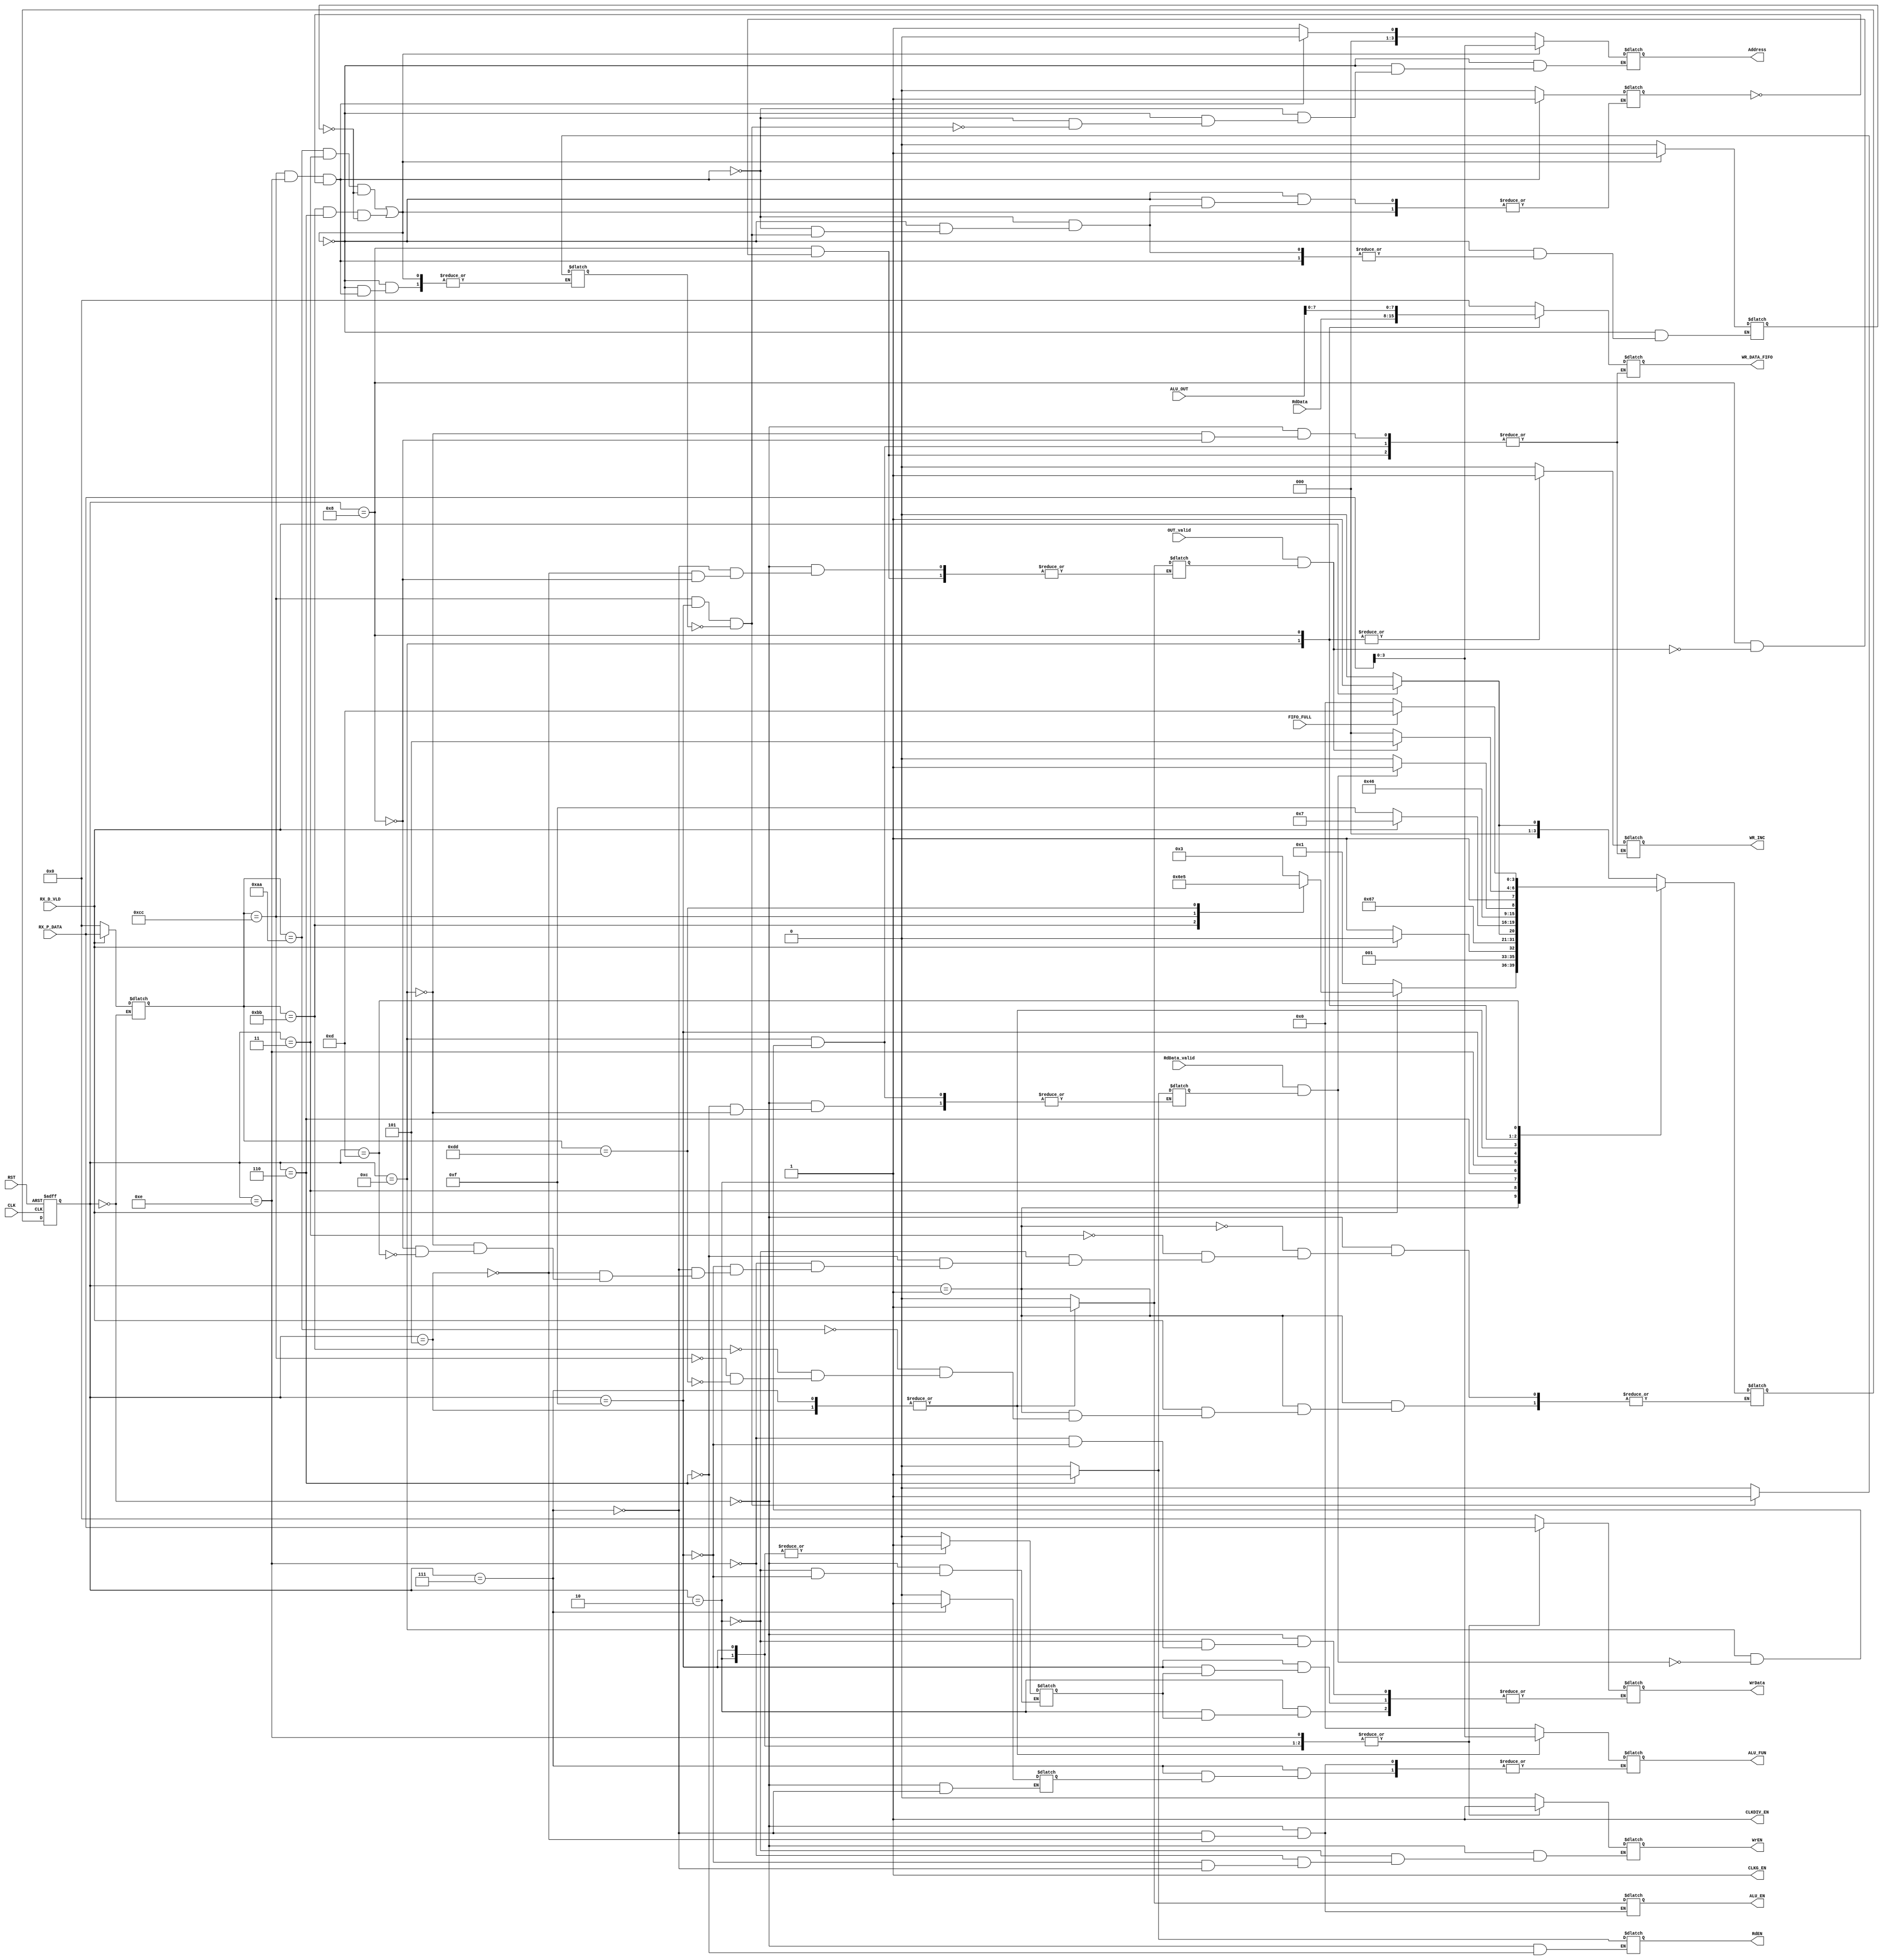
module SYS_CTRL(
  input wire [15:0] ALU_OUT,
  input wire        OUT_valid,
  input wire [7:0]  RX_P_DATA,
  input wire        RX_D_VLD,
  input wire [7:0]  RdData,
  input wire        RdData_valid,
  input wire        CLK,
  input wire        RST,
  input wire       FIFO_FULL,
  output reg        ALU_EN,
  output reg [3:0]  ALU_FUN,
  output reg        CLKG_EN=1,
  output reg [3:0]  Address,
  output reg        WrEN,
  output reg        RdEN,
  output reg [7:0]  WrData,
  output reg [7:0]  WR_DATA_FIFO,
  output reg        WR_INC,
  output reg        CLKDIV_EN=1
  );
  
  
//internal connections 
reg [7:0] internal_command =0; 
reg flag_3=0;
reg count=0;
reg flag_1=0;
reg flag_2=0;
reg flag_4=0;
reg flag_5=0;
reg flag_6=0;
reg flag_7=0;
/////////states////////////
localparam [3:0] 
IDEL=4'b0000,
FRAME_0=4'b0001,
WR_1=4'b0011,
WR_2=4'b0010,
RD_1=4'b0110,
ALU_OP_1=4'b1110,
ALU_OP_2=4'b1111,
ALU_OP_3=4'b0111,
ALU_NOP_1=4'b0101,
FIFO_STATE=4'b1101,
REG_FILE_STATE=4'b1100,
ALU_STATE=4'b1000;
////////////commands/////////////////
localparam [7:0]
RF_WR_CMD = 8'hAA,
RF_Rd_CMD = 8'hBB,
ALU_OPER_W_OP_CMD = 8'hCC,
ALU_OPER_W_NOP_CMD = 8'hDD;

//////////////////////////////////////////// 
reg [3:0]  current_state=0 ,next_state=0;
 
/////////////////////////////////////////////////
always @(posedge CLK or negedge RST)
begin
  if(!RST)
    begin
      current_state<=IDEL;
    end
  else 
    begin
      current_state<=next_state;
    end
end 
//////////////////////////////////////////////////

always @(*)
begin

    
    case(current_state)
      ////////////////IDEL STATE////////////
      IDEL:begin
       
    ALU_EN=0;
    ALU_FUN=0;
    //Address=0;
    WrEN=0;
    RdEN=0;
    WrData=0;
    WR_DATA_FIFO=0;
    WR_INC=0;
   //flag_3=0;
   flag_4=0;
flag_1=0; 
flag_2=0;
flag_5=0;
    internal_command=0;
    
    if(RX_D_VLD)
      begin
        internal_command=RX_P_DATA;
        next_state=FRAME_0;
      end
    else
      begin
        next_state=IDEL;
      end
      end
 
 FRAME_0:begin
   case(internal_command)
          RF_WR_CMD:begin
          if(RX_D_VLD)
            next_state=WR_1;
          else
            next_state=FRAME_0;
          end
          RF_Rd_CMD:begin
            if(RX_D_VLD)
            next_state=RD_1;
          else
            next_state=FRAME_0;
          
          end
         ALU_OPER_W_OP_CMD:begin
         if(RX_D_VLD)
            next_state=ALU_OP_1;
          else
            next_state=FRAME_0;
       end 
       ALU_OPER_W_NOP_CMD:begin
         if(RX_D_VLD)
            next_state=ALU_NOP_1;
          else
            next_state=FRAME_0;
       end
     endcase
     if(!RX_D_VLD)
       next_state=FRAME_0;
 end
 ///////////////////////////////////////////////////////////////////
 ////////////////////write states/////////////////////////////
  WR_1:begin
       
      if(RX_D_VLD)
         next_state=WR_2;
      else
        next_state=WR_1;
  end
  
  WR_2:begin
    WrEN=1;
    if(!flag_4)
    WrData=RX_P_DATA;
    flag_4=1;
         next_state=IDEL;
      
    end
    
    
 ///////////////////////////////////////////////////////////////////
 //////////////////read states//////////////////////////////
 RD_1:begin
   flag_1=1;
   RdEN=1;
      next_state=REG_FILE_STATE;
  end
  
  
 //////////////////////////////////////////////////////////////////////
 ////////////////////////ALU WITH ORERAND STATES/////////////
 ALU_OP_1:begin
    WrEN=1;
    WrData=RX_P_DATA;
    if(RX_D_VLD)
      begin
         //Address=4'b0001;
         next_state=ALU_OP_2;
       end
      else
        next_state=ALU_OP_1;
   
end
   
   
ALU_OP_2:begin
    WrEN=1;
    if(!flag_4)
    WrData=RX_P_DATA;
    flag_4=1;
    if(RX_D_VLD)
         next_state=ALU_OP_3;
      else
        next_state=ALU_OP_2;
   
end 
 
 ALU_OP_3:begin
   WrEN=0;
   ALU_EN=1;
   flag_2=1;
   if(!flag_5)
   ALU_FUN=RX_P_DATA[3:0];
   flag_5=1;
    
         next_state=ALU_STATE;
    
   end
 ///////////////////////////////////////////////////////////////
 ///////////////////ALU WITHOUT OPERANDS////////////////////
 ALU_NOP_1:begin
   ALU_EN=1;
   flag_2=1;  
   ALU_FUN=RX_P_DATA[3:0];
   
         next_state=ALU_STATE;
      
   
   end
   
   /////////////////////////////////////////////////
   //////////////////REG FILE STATE//////////////
    REG_FILE_STATE:begin
   if(RdData_valid&&flag_1)
     begin
       next_state=FIFO_STATE;
     WR_DATA_FIFO=RdData;
     WR_INC=1;
     flag_1=0;
   end
 else
   next_state=REG_FILE_STATE;
   
end 

//////////////////////////////////////////////////////
///////////ALU_STATE/////////////////////////////////
    ALU_STATE:begin
   if(OUT_valid&&flag_2)
     begin
      WR_DATA_FIFO=ALU_OUT;
     WR_INC=1;
      flag_2=0;
     next_state=FIFO_STATE;
   end
 else
   next_state=ALU_STATE;
  
end 
   //////////////////////////////////////////////////////
   //////////////FIFO STATE//////////////////////////
   FIFO_STATE:begin
     if(FIFO_FULL)
       next_state=FIFO_STATE;
     else
       next_state=IDEL;
   end
  endcase
  
end
////////////////////////////////////////////////////////////////
//////////////////address /////////////////////////////////////
always@(*)
begin

  if(internal_command==RF_WR_CMD&&current_state==WR_1&&flag_3==0||internal_command==RF_Rd_CMD&&current_state==RD_1&&flag_3==0)
     begin
     Address=RX_P_DATA[3:0];
     flag_3=1;
   end
else if(internal_command==ALU_OPER_W_OP_CMD&&current_state==ALU_OP_1&&flag_6==0)
   begin
         Address=0;
     flag_6=1;
   end
 else if(internal_command==ALU_OPER_W_OP_CMD&&current_state==ALU_OP_2&&flag_7==0)
   begin
         Address=1;
     flag_7=1;
   end
 else
   begin
     flag_3=0;
     flag_6=0;
     flag_7=0;
   end
 end
 
 //////////////////////////////////////////////////////////////////// 
 /////////////////always block for read & ALU states/////////////////

   
endmodule